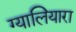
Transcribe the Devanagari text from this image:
ग्यालियारा